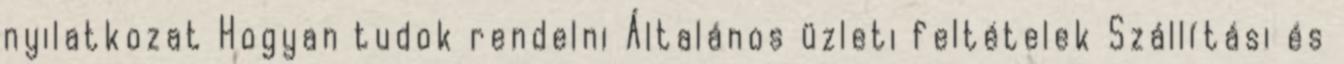
nyilatkozat Hogyan tudok rendelni Általános üzleti feltételek Szállítási és